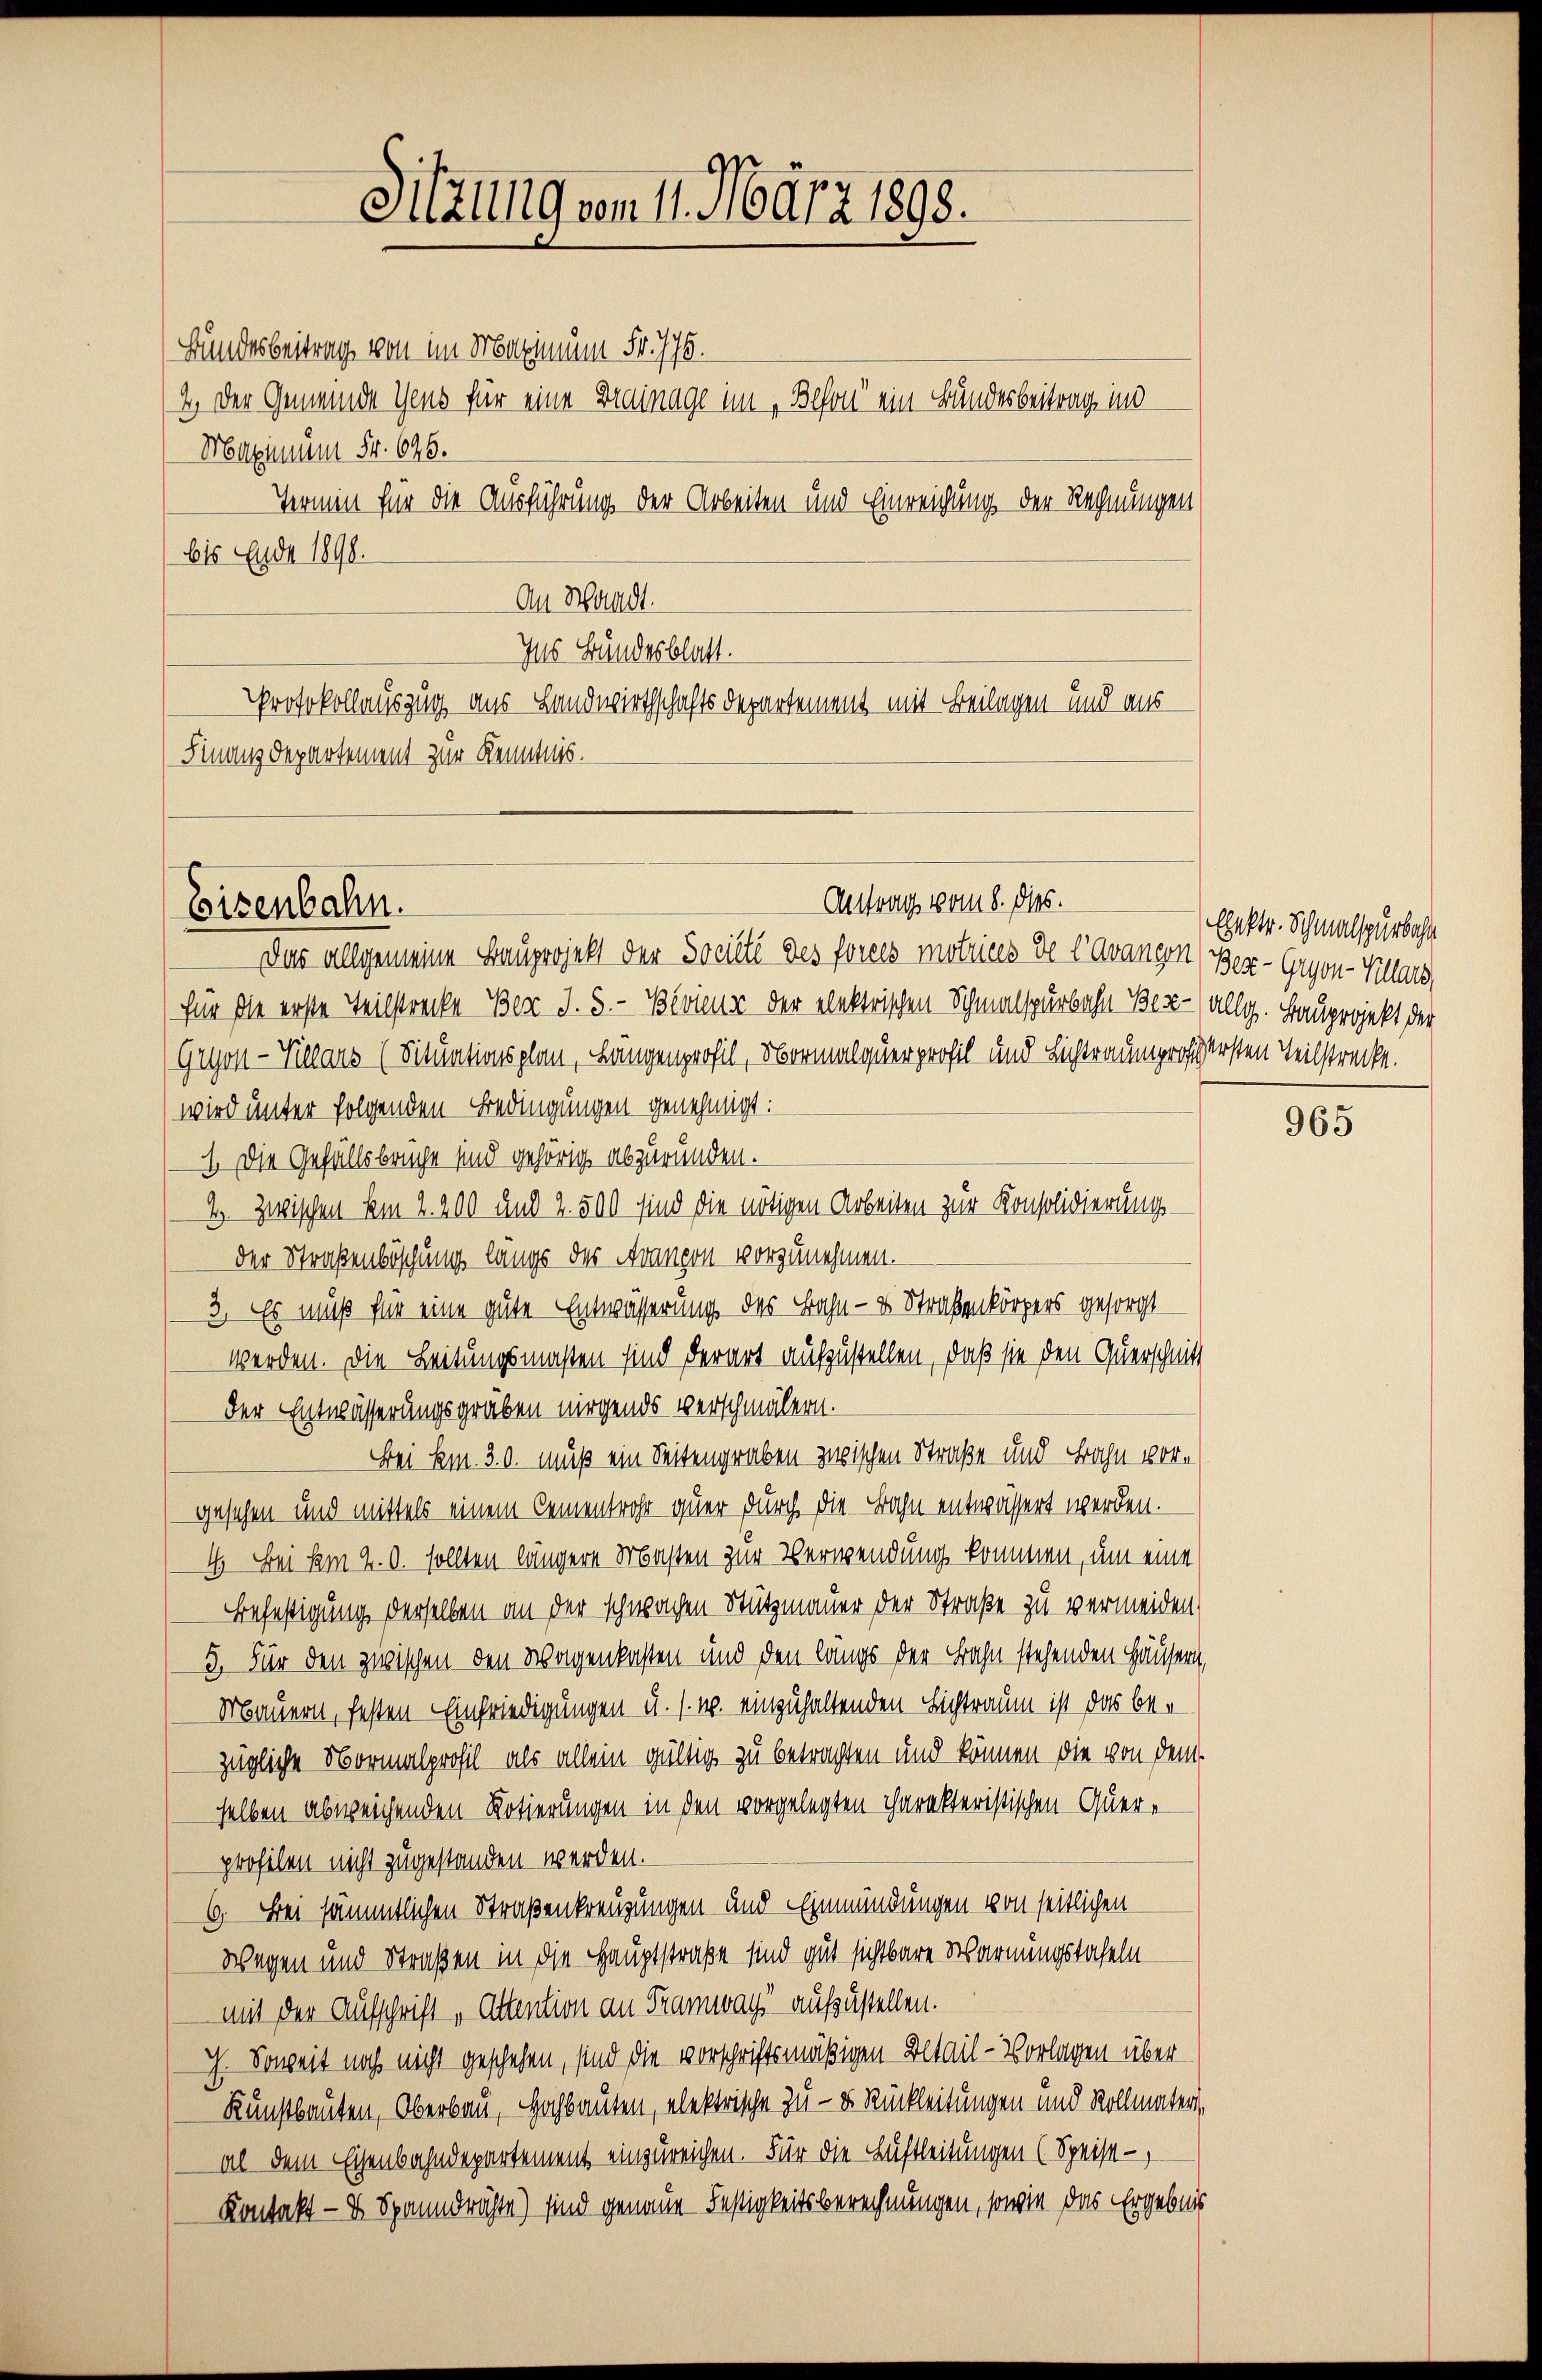
Eisenbahn.

Sitzung vom 11. März 1898.

Bundesbeitrag von im Maximum Fr. 776.
2. Der Gemeinde Gens für eine Drainage im „Beson ein Bundesbeitrag, ind
Maximum Fr. 626.
Termin für die Ausführung der Arbeiten und Einreichung der Rechnungen
615 Ende 1890.
An Waadt.
Ins Bundesblatt.
Protokollauszug aus Landwirthschaftsdepartement mit Beilagen und aus
Finanzdepartement zur Kenntnis.

Das allgemeine Bauprojekt der Société des forces motrices de l’avancen (Ber-Gryon-Villard,
für die erste Teilstrecke Berr J. 5.- Beviens der elektrischen Schmalspurbahn Ber- allg. Bauprojekt der
Gryon-Vicars (Situationsplan, Längenprofil, Normalquerprofil und Lichtraumprochersten Teilstrecke.
wird unter folgenden Bedingungen genehmigt:
1. Die Gefällsbrüche und gehörig abzuründen.
4. zwischen Am 2. 200 und 2. 500 sind die nötigen Arbeiten zur Konsolidierungs-
der Straßenböschung langs der Avancon vorzunehmen.
3. Es muß für eine gute Entwässerung des Bahn- & Straßenkörpers gesorgt
werden. Die Leitungsmaßen sind derart aufzustellen, daß sie den Querschnitt
der Entwässerungsgräben nirgends verschmälern.
Bei Am. 30. muß ein Seitengraben zwischen Straße und Bahn vorgesehen und mittels einem Cementrohr quer durch die Bahn entwässert werden.
4. Bei am 20. sollten längere Masten zur Verwendung kommen, um eine
Befestigung derselben an der schwachen Stützmauer der Straße zu vermeiden.
5. Für den zwischen den Wagenkasten und den langs der Bahn stehenden Häusern,
Mauern, festen Einfriedigungen u. s. w. einzuhaltenden Lichtraum ist das bezügliche Normalprofil als allein gültig zu betrachten und können die von dem
selben abweichenden Rotierungen in den vorgelegten charakteristischen Querprofilen nicht zugestanden werden.
6. Bei sämmtlichen Straßenkreuzungen und Einmündungen von seitlichen
Wegen und Straßen in die Hauptstraße sind gut sichtbare Warnungstafeln
mit der Aufschrift „Attention an Tramwag“ aufzustellen.
ch. Soweit noch nicht geschehen, sind die vorschriftsmäßigen Detail-Vorlagen über
Kunstbauten, Oberbau, Hochbauten, elektrische zu - u. Rückleitungen und Vollmater,
al dem Eisenbahndepartement einzureichen. Für die Luftleitungen (Speise -
Kontakt — 1 Spanndrichte) sind genaue Festigkeitsberechnungen, sowie das Ergebnis

Antrag vom 8. ds.

Elektr. Schmalspurbahn

965